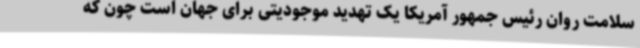
سلامت روان رئیس جمهور آمریکا یک تهدید موجودیتی برای جهان است چون که